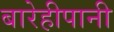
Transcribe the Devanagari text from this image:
बारेहीपानी